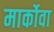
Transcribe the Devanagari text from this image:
मार्कोवा